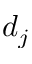
d _ { j }